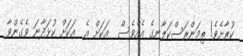
ކުރާށެވެ! ތިމަންރަސްކަލާނގެ އެއްވެސް  އަކަށް އެ  އަކަށް ކުޅަދާނަ ވެގެންވާ